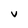
Character: V